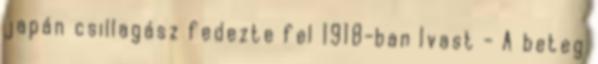
japán csillagász fedezte fel 1918-ban Ivast - A beteg